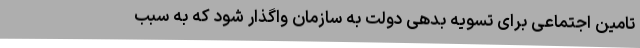
تامین اجتماعی برای تسویه بدهی دولت به سازمان واگذار شود که به سبب